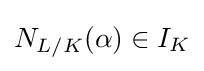
N_{L/K}(\alpha )\in I_{K}